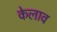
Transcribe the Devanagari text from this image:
केलाव